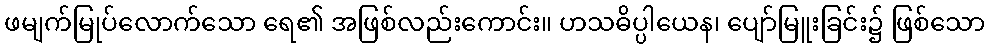
ဖမျက်မြုပ်လောက်သော ရေ၏ အဖြစ်လည်းကောင်း။ ဟသဓိပ္ပါယေန၊ ပျော်မြူးခြင်း၌ ဖြစ်သော